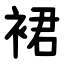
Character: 裙